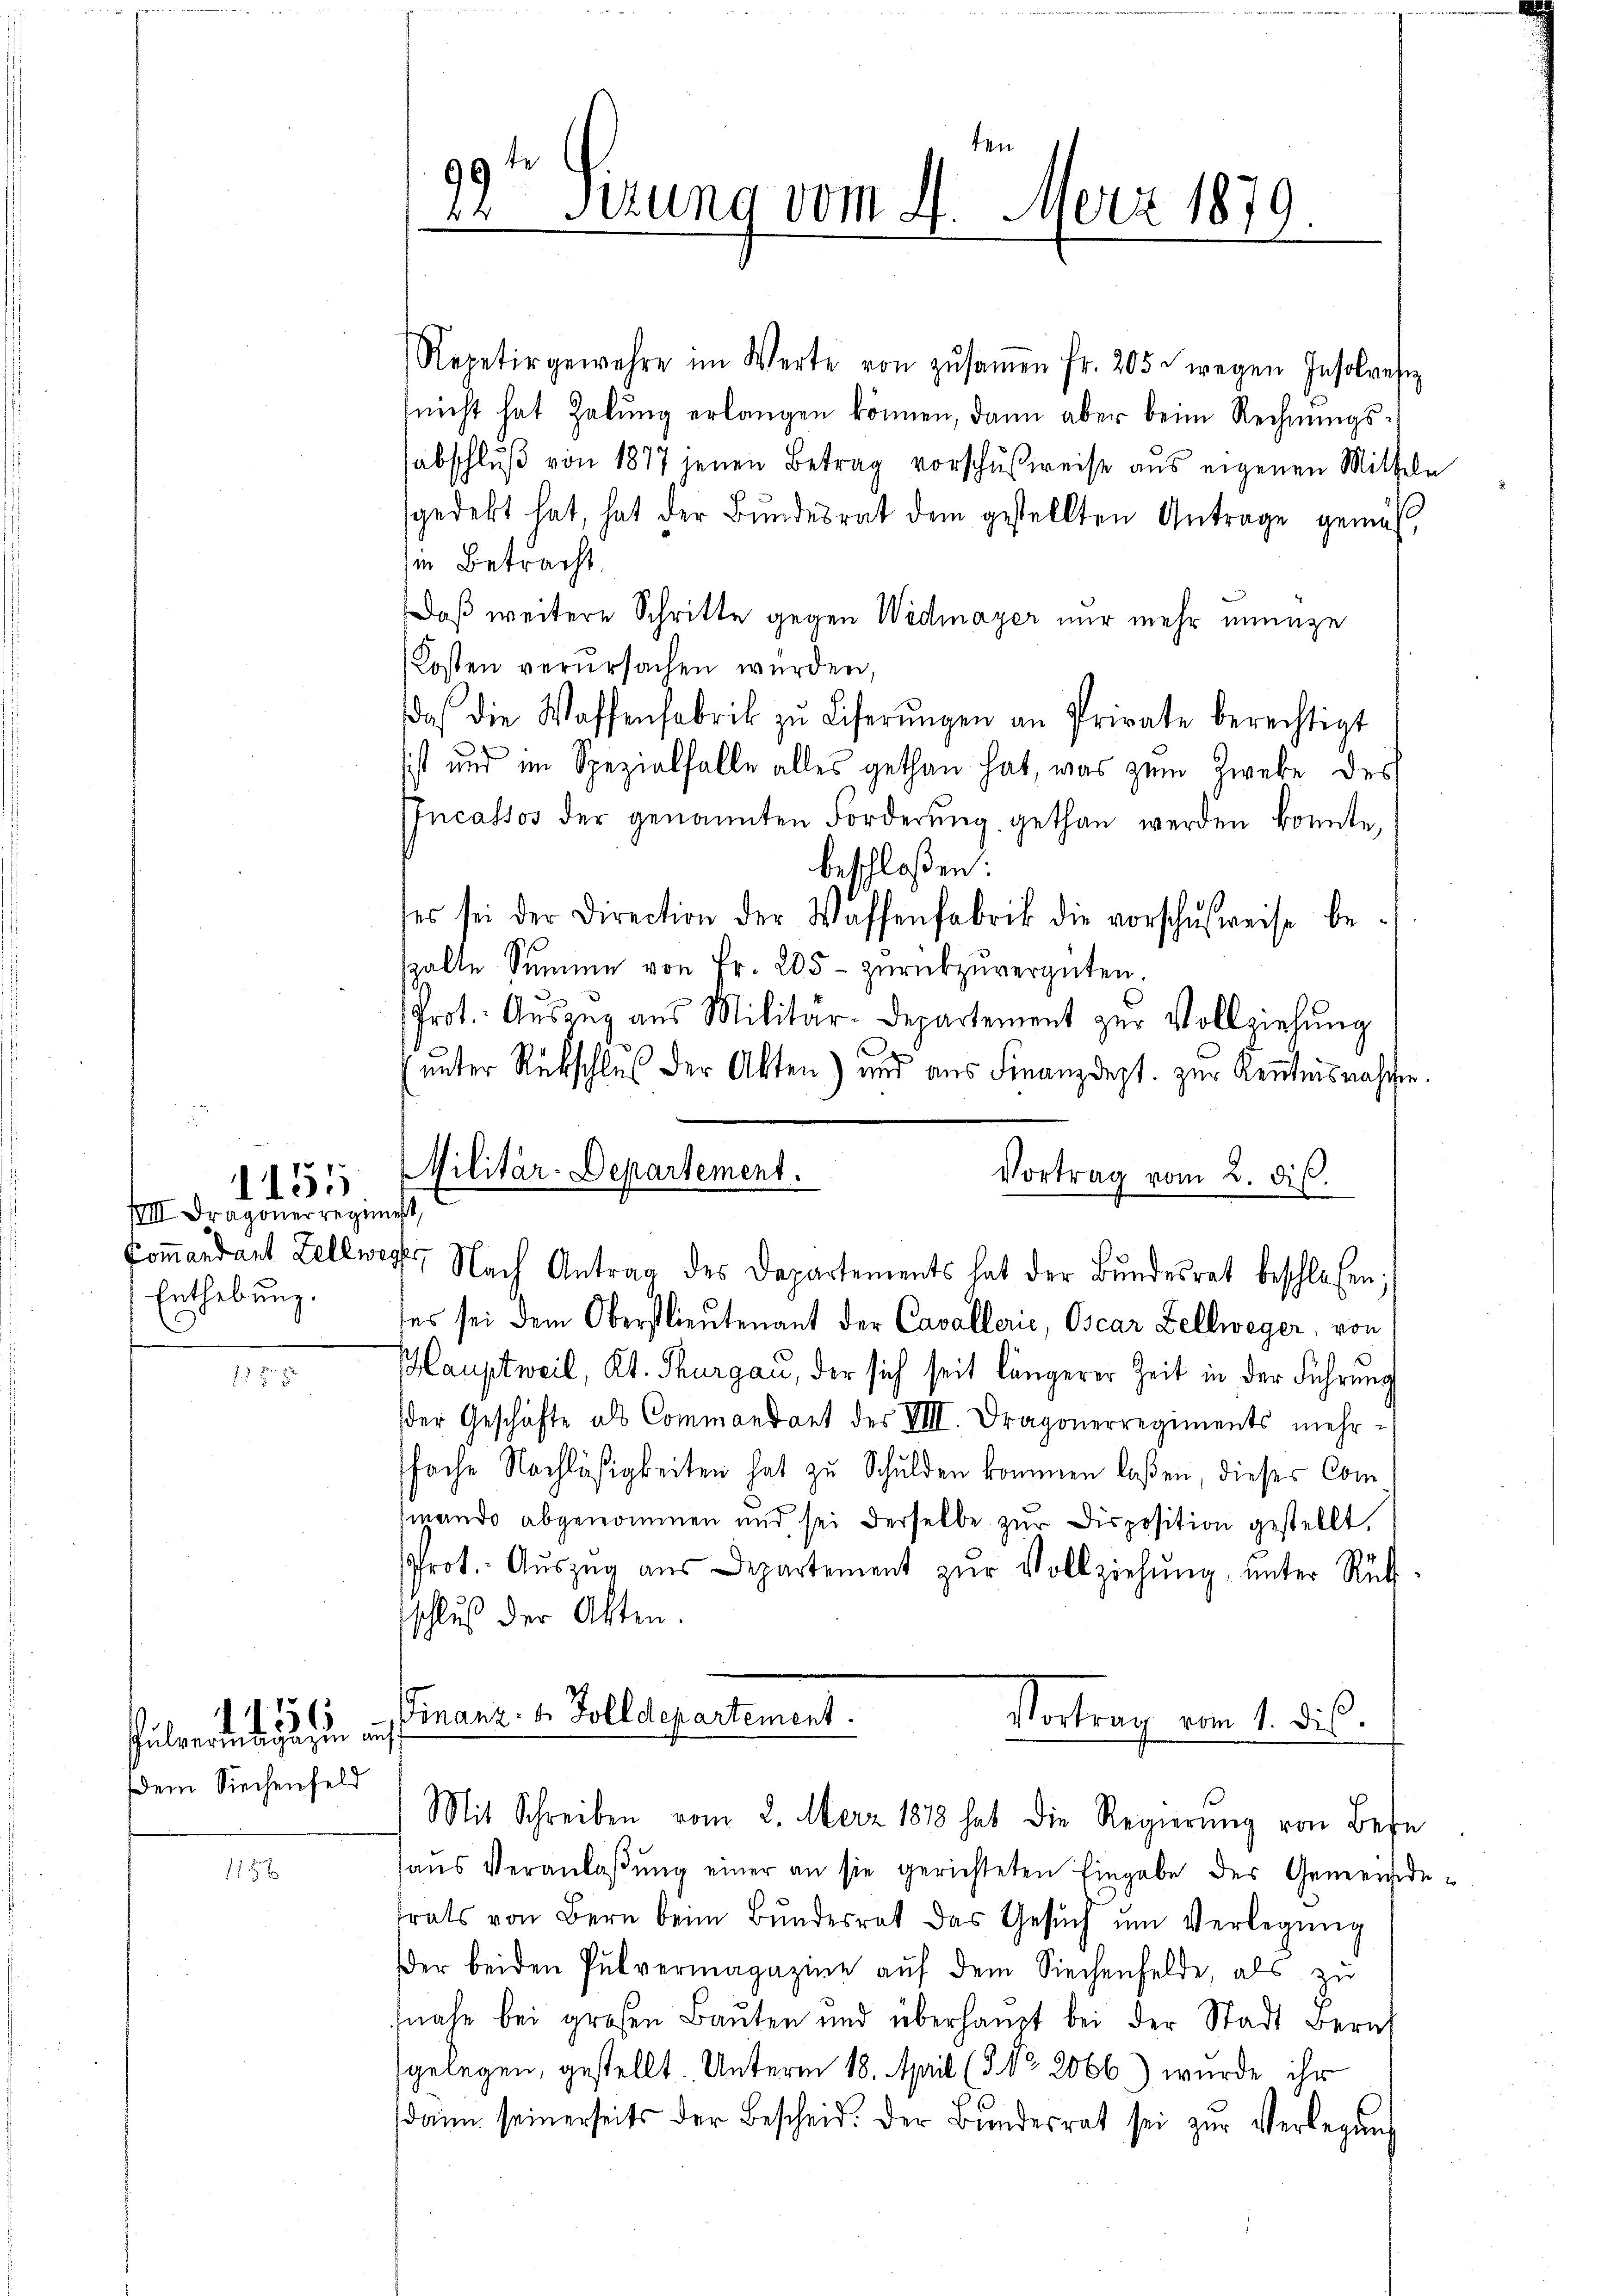
VIII Dragoner regist
Enthebung.

1155

Dem Siechenfeld

5
überwindigungen und

11

ten
99te
9.
24sezung vom 4. Merz 187
.

Repetir gewehre im Werte von zŭsaṁen fr. 205 wegen Insolvesz
nicht hat Zelŭng erlangen können, dann aber beim Rechnŭngs-
sabschlŭβ von 1877 jenen Betrag vorschußweise aus eigenen Mitteln
sgedekt hat, hat der Bŭndesrat dem gestellten Antrage gemäβ
in Betracht
Daß weitere Schritte gegen Widmayer nur mehr einige
Kosten verŭrsachen werden,
das die Waffenfabrik zŭ Liferŭngen an Private berechtigt
sist und im Spezialfalle alles gethan hat, was zum Zweke des
Incassos der genannten Forderŭng gethan werden konnte,
beschloßen:
ses sei der Direction der Waffenfabrik die vorschŭsweise be-
spalte Summe von Fr. 205- zŭrückzŭvergüten.
Prot. Auszug aus Militär-Departement zur Vollziehung
.
ŭnter Rückschlus der Akten) und aus Finanzdept. zŭr Kenntnisnaschen.
Militär-Departement.
Vortrag vom 2. dis.
Commandant Zellwerte Nach Antrag des Departements hat der Bundesrat beschlossen;
ses sei dem Oberstlieutenant der Cavallerić, Oscar Zellweger, von
Hauptweil, Kt. Thurgau, der sich seit längerer Zeit in der Führung
der Geschäfte als Commandant des VIII. Dragonerregiments mehrfache Nachläßigkeiten hat zu Schulden kommen laßen, dieses Commando abgenommen und sei derselbe zur Disposition gestellt,
rot. Aŭszŭg aŭs Departement zŭr Vollziehŭng ŭnter Rücks
schluß der Akten.
Finanz- u. Zolldepartement.
Vortrag vom 1. dis.
Mit Schreiben vom 2. Merz 1878 hat die Regierŭng von Bese
haŭs Veranlaβŭng einer an sie gerichteten Eingabe des Generinde
trats von Bern beim Bŭndesrat das Gesŭch ŭm Verlegŭng
Der beiden Pulvermagazine aŭf dem Siechenfelde, als zŭ
nahe bei großen Baŭten und überhaŭpt bei der Stadt Beruf
gelegen, gestellt. Unterm 18. April (§. No. 2066) wurde ihr
dann seinerseits der Bescheid. Der Bŭndesrat sei zŭr Verlegŭng

g